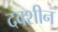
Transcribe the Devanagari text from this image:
दक्शीन